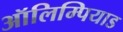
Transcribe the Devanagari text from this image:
ऑलिम्पियाड